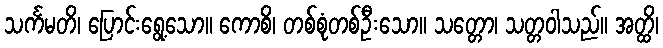
သင်္ကမတိ၊ ပြောင်းရွေ့သော။ ကောစိ၊ တစ်စုံတစ်ဦးသော။ သတ္တော၊ သတ္တဝါသည်။ အတ္ထိ၊